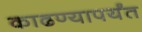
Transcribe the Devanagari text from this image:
काढण्यापर्यंत